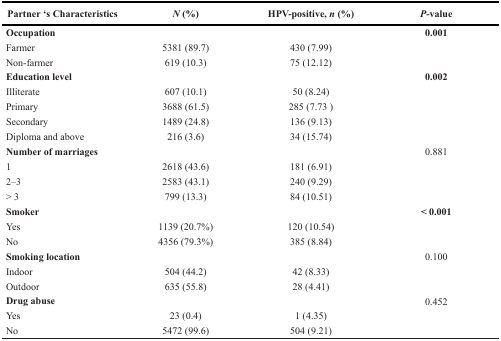
<table><thead><tr><td><b>Partner ‘s Characteristics</b></td><td><b><i>N</i> (%)</b></td><td><b>HPV-positive, <i>n</i> (%)</b></td><td><b><i>P</i>-value</b></td></tr></thead><tbody><tr><td><b>Occupation</b></td><td></td><td></td><td><b>0.001</b></td></tr><tr><td>Farmer</td><td>5381 (89.7)</td><td>430 (7.99)</td><td></td></tr><tr><td>Non-farmer</td><td>619 (10.3)</td><td>75 (12.12)</td><td></td></tr><tr><td><b>Education level</b></td><td></td><td></td><td><b>0.002</b></td></tr><tr><td>Illiterate</td><td>607 (10.1)</td><td>50 (8.24)</td><td></td></tr><tr><td>Primary</td><td>3688 (61.5)</td><td>285 (7.73)</td><td></td></tr><tr><td>Secondary</td><td>1489 (24.8)</td><td>136 (9.13)</td><td></td></tr><tr><td>Diploma and above</td><td>216 (3.6)</td><td>34 (15.74)</td><td></td></tr><tr><td><b>Number of marriages</b></td><td></td><td></td><td>0.881</td></tr><tr><td>1</td><td>2618 (43.6)</td><td>181 (6.91)</td><td></td></tr><tr><td>2–3</td><td>2583 (43.1)</td><td>240 (9.29)</td><td></td></tr><tr><td>&gt; 3</td><td>799 (13.3)</td><td>84 (10.51)</td><td></td></tr><tr><td><b>Smoker</b></td><td></td><td></td><td><b>&lt; 0.001</b></td></tr><tr><td>Yes</td><td>1139 (20.7%)</td><td>120 (10.54)</td><td></td></tr><tr><td>No</td><td>4356 (79.3%)</td><td>385 (8.84)</td><td></td></tr><tr><td><b>Smoking location</b></td><td></td><td></td><td>0.100</td></tr><tr><td>Indoor</td><td>504 (44.2)</td><td>42 (8.33)</td><td></td></tr><tr><td>Outdoor</td><td>635 (55.8)</td><td>28 (4.41)</td><td></td></tr><tr><td><b>Drug abuse</b></td><td></td><td></td><td>0.452</td></tr><tr><td>Yes</td><td>23 (0.4)</td><td>1 (4.35)</td><td></td></tr><tr><td>No</td><td>5472 (99.6)</td><td>504 (9.21)</td><td></td></tr></tbody></table>